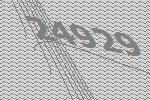
24929